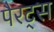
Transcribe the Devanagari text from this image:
पैरट्स